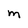
Character: M